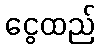
ငွေထည်